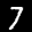
Label: 7